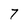
Character: 7